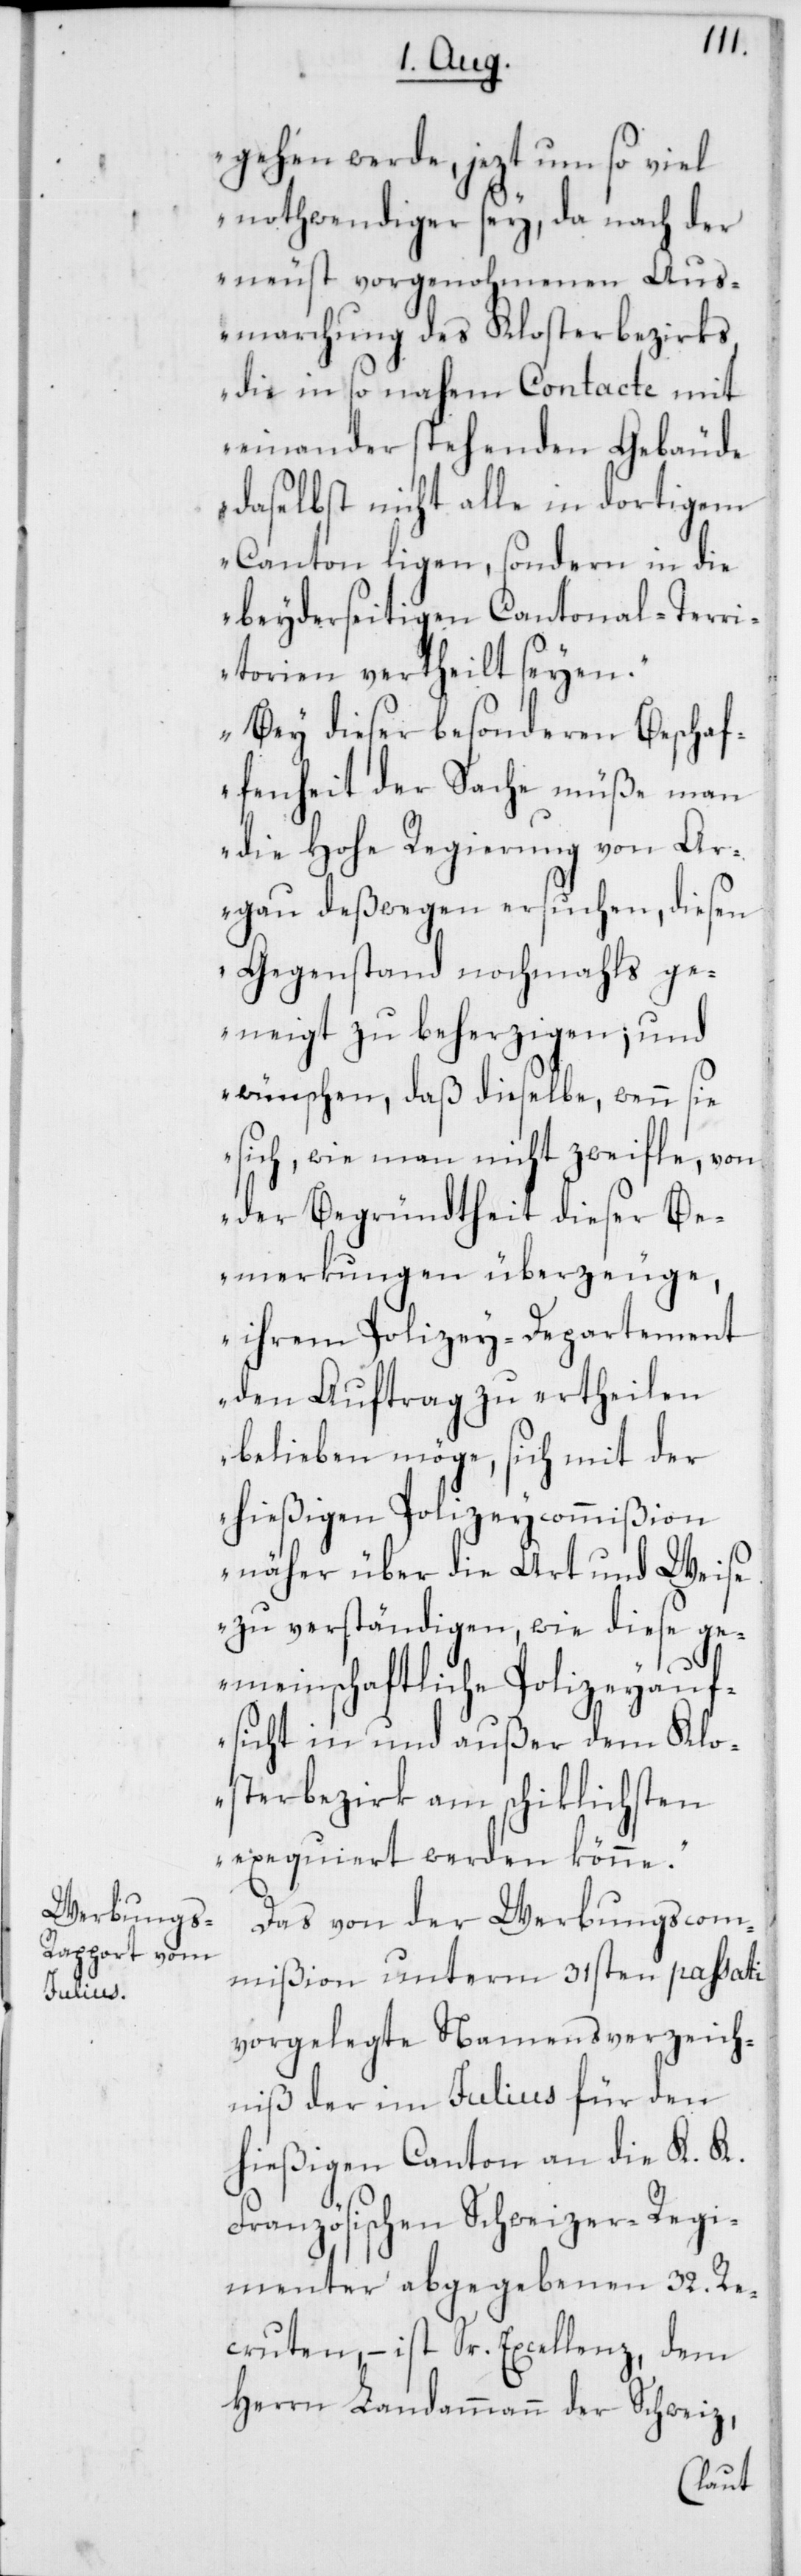
gehen werde, jezt um so viel
nothwendiger sey, da nach der
neust vorgenohmenen Aus¬
marchung des Klosterbezirks
die in so nahem Contacte mit
einander stehenden Gebäude
daselbst nicht alle in dortigem
Canton ligen, sondern in die
beyderseitigen Cantonal-Terri¬
torien vertheilt seyen.
Bey dieser besonderen Beschaf¬
fenheit der Sache müße man
die Hohe Regierung von Ar¬
gau deßwegen ersuchen, diesen
Gegenstand nochmahls ge¬
neigt zu beherzigen; und
wünschen, daß dieselbe, wenn sie
sich, wie man nicht zweifle, von
der Begründtheit dieser Be¬
merkungen überzeuge,
ihrem Polizey-Departement
den Auftrag zu ertheilen
belieben möge, sich mit der
hießigen Polizeycommißion
näher über die Art und Weise
zu verständigen, wie diese ge¬
meinschaftliche Polizeyauf¬
sicht in und außer dem Klo¬
sterbezirk am schiklichsten
exequiert werden könne.“
Das von der Werbungscom¬
mißion unterm 31sten passati
vorgelegte Namensverzeich¬
niß der im Julius für den
hießigen Canton an die K. K.
Französischen Schweizer-Regi¬
menter abgegebenen 32. Re¬
cruten, – ist Sr. Excellenz, dem
Herrn Landammann der Schweiz,